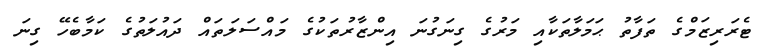
ޓެރަރިޒަމްގެ ތަފާތު ޙަމަލާތަކާއި މަރުގެ ގިނަގުނަ އިންޒާރުތަކުގެ މައްސަލަތައް ދައުލަތުގެ ކަމާބެހޭ ގިނަ